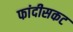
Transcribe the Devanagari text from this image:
फांदीसकट